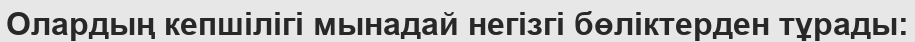
Олардың кепшілігі мынадай негізгі бөліктерден тұрады: